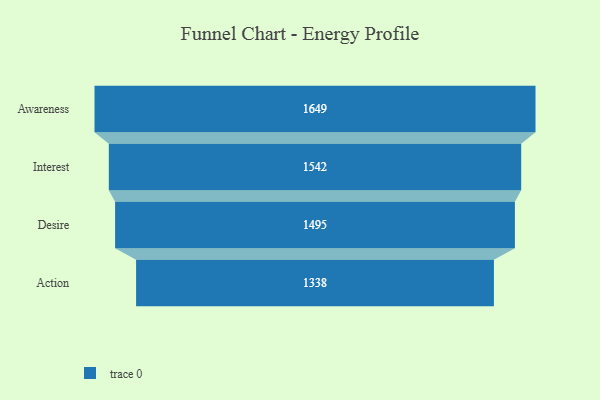
{"axis": {"x": "Stage", "y": "Value"}, "legend": [""], "data": [{"x": "Awareness", "y": 1649.0, "type": ""}, {"x": "Interest", "y": 1542.0, "type": ""}, {"x": "Desire", "y": 1495.0, "type": ""}, {"x": "Action", "y": 1338.0, "type": ""}]}